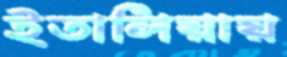
ইতালিয়ায়